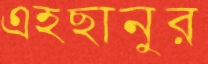
এহছানুর